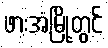
ဖားအံမြို့တွင်